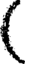
(